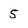
Character: 5